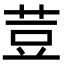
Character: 荳